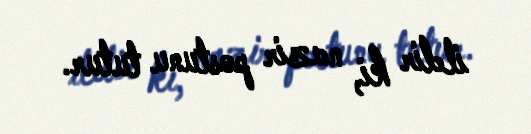
ildir ki, nazir postunu tutur.